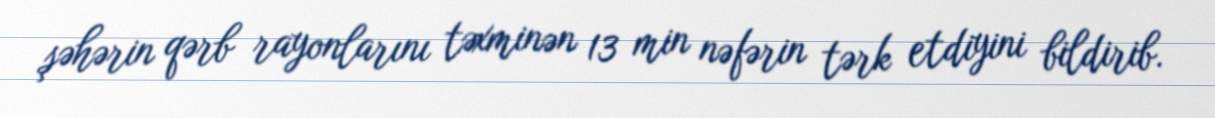
şəhərin qərb rayonlarını təxminən 13 min nəfərin tərk etdiyini bildirib.